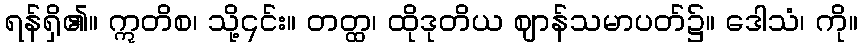
ရန်ရှိ၏။ ဣတိစ၊ သို့၎င်း။ တတ္ထ၊ ထိုဒုတိယ ဈာန်သမာပတ်၌။ ဒေါသံ၊ ကို။